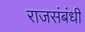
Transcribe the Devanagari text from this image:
राजसंबंधी